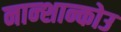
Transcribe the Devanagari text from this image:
नान्शान्कोउ